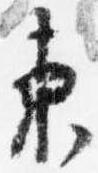
東